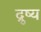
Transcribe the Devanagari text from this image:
द्रुष्य